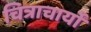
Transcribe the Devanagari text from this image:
चित्राचार्यों